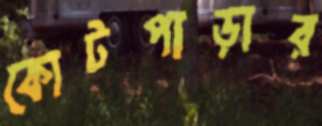
কোটপাড়ার